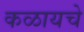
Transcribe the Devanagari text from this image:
कळायचे